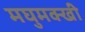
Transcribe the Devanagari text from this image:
मघुमक्खी